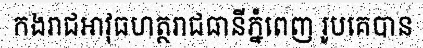
កងរាជអាវុធហត្ថរាជធានីភ្នំពេញ រូបគេបាន